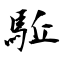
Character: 駈